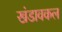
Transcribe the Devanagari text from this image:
खंडावकल